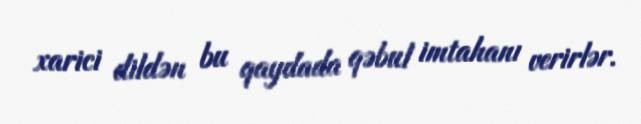
xarici dildən bu qaydada qəbul imtahanı verirlər.